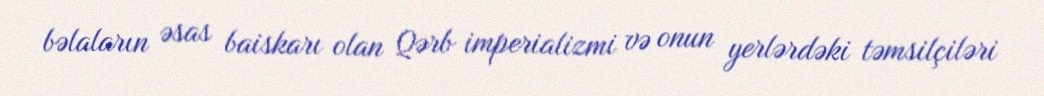
bəlaların əsas baiskarı olan Qərb imperializmi və onun yerlərdəki təmsilçiləri